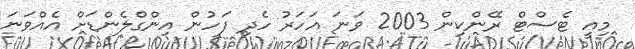
މިއީ ޓެސްޓް ރޭންކިން 2003 ވަނަ އަހަރު ހެދި ފަހުން އިންގްލެންޑަށް އެއްވަނަ